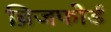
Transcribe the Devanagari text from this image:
ब्रिजफोर्ड